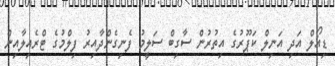
ޑިއޯލް އަދި އަނިލް ކަޕޫރުގެ އިތުރުން ސާގިބް ސަލީމު ފެނިގެންދާއިރު ފިލްމުގެ ޓްރެއިލާއިން